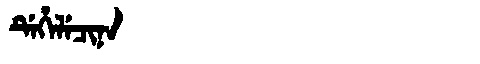
Manchu: ᡩᡝᡥᡝᠯᡝᠴᡳᠨᠠ
Romanization: DEHELECINA